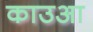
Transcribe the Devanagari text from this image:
काउआ